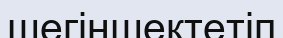
шегіншектетіп